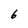
Character: 6